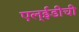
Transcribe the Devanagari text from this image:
एल्‌ईडीची